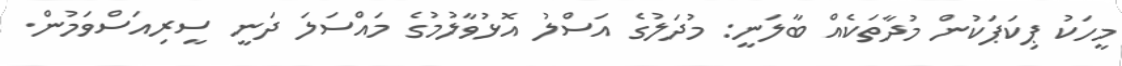
މީހަކު ޕިކަޕަކުން މުދާތަކެއް ބާލަނީ: މުދަލުގެ އަސްލު އޮޅުވާލުމުގެ މައްސަލަ ދަނީ ސީރިއަސްވަމުން.